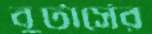
বুটার্সের